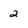
Character: 2